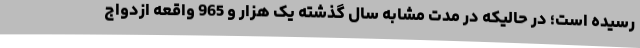
رسیده است؛ در حالیکه در مدت مشابه سال گذشته یک هزار و 965 واقعه ازدواج